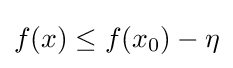
f(x)\leq f(x_{0})-\eta